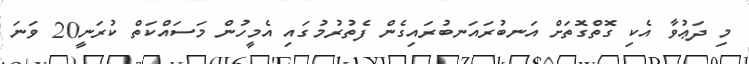
މި ދަޢުވާ އެކި ގޮތްގޮތަށް އަނބުރައަނބުރައިގެން ފެތުރުމުގައި އެމީހުން މަސައްކަތް ކުރަނީ20 ވަނަ